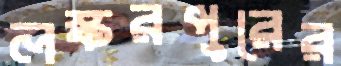
লস্করপুরের